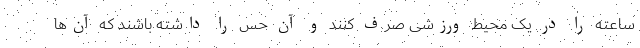
ساعته را در یک محیط ورزشی صرف کنند و آن حس را داشته باشند که آن‌ها